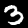
Digit: 3